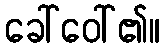
ခေါ်ဝေါ်၏။